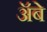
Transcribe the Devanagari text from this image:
ॲबे